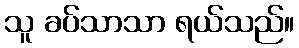
သူ ခပ်သာသာ ရယ်သည်။